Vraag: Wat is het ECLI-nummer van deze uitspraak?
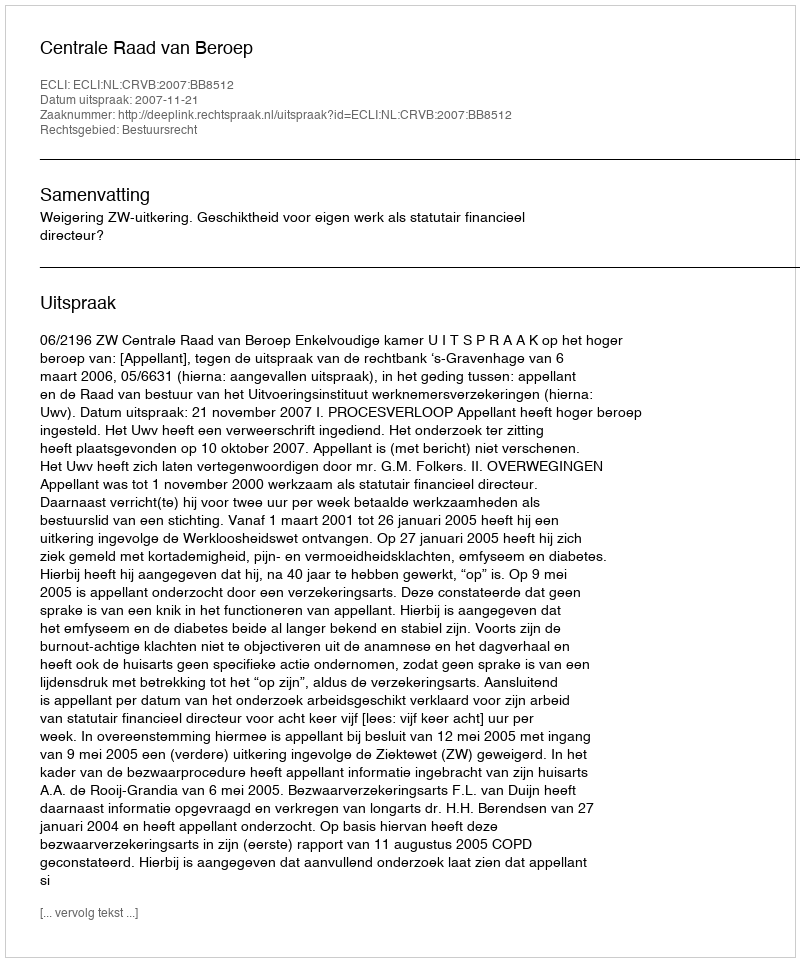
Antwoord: ECLI:NL:CRVB:2007:BB8512